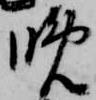
晩